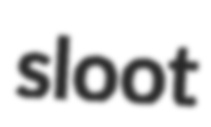
sloot